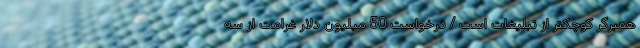
همبرگر کوچکتر از تبلیغات است / درخواست 50 میلیون دلار غرامت از سه